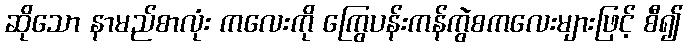
ဆိုသော နာမည်စာလုံး ကလေးကို ကြွေပန်းကန်ကွဲစကလေးများဖြင့် စီ၍